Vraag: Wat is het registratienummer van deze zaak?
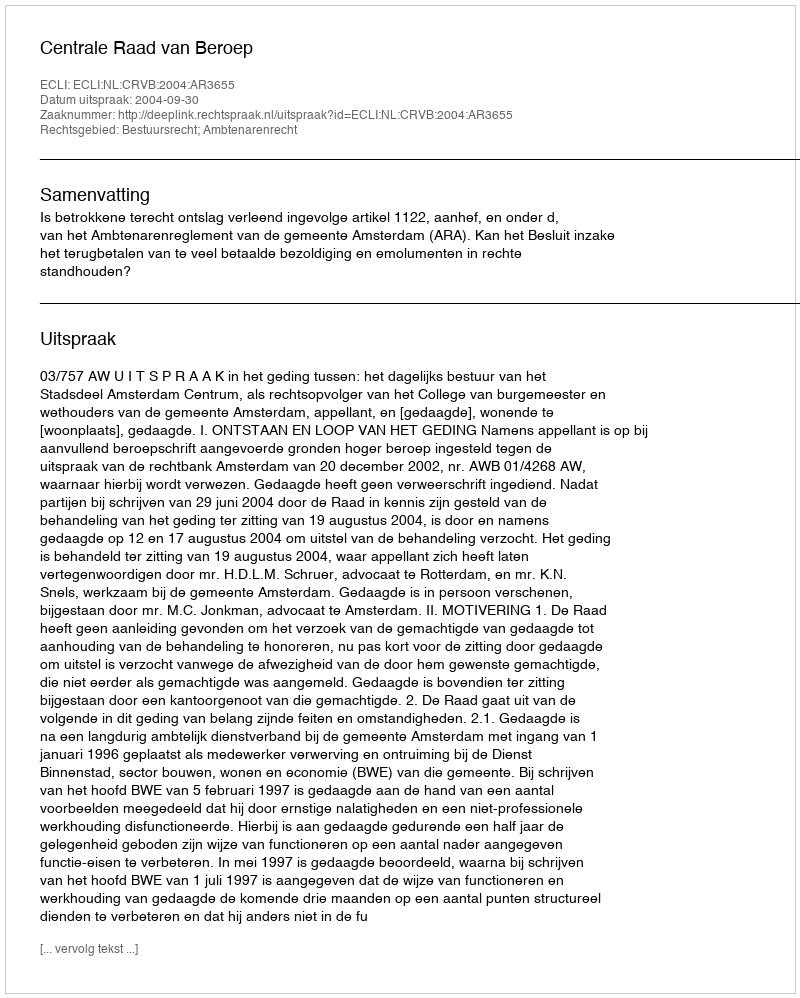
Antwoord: http://deeplink.rechtspraak.nl/uitspraak?id=ECLI:NL:CRVB:2004:AR3655